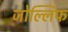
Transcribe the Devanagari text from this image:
जोल्लिफ